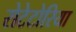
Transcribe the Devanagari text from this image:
रोटेटोरिया